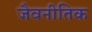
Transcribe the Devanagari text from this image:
जैवनीतिक